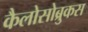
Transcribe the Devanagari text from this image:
कैलोसोब्रुकस